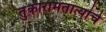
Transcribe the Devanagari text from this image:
तुकारामतात्यांचे